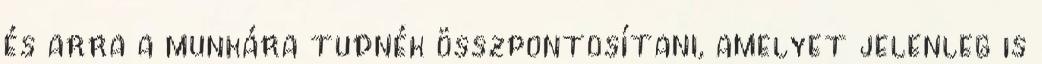
és arra a munkára tudnék összpontosítani, amelyet jelenleg is